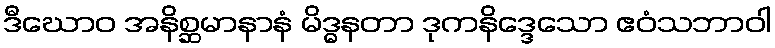
ဒီဃောဝ အနိစ္ဆမာနာနံ မိဒ္ဓနတာ ဒုကနိဒ္ဒေသော ဧဝံသဘာဝါ